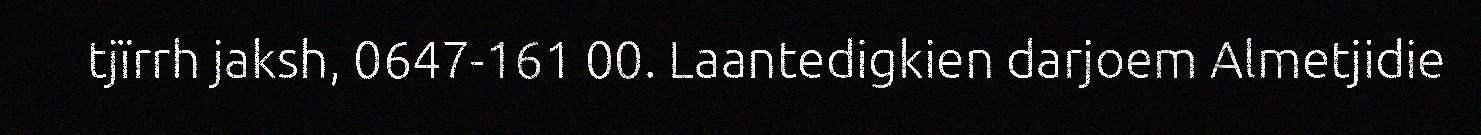
tjïrrh jaksh, 0647-161 00. Laantedigkien darjoem Almetjidie